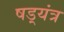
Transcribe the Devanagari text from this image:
षड़्यंत्र